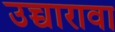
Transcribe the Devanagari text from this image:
उच्चारावा